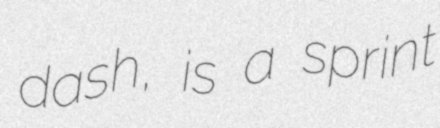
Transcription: dash, is a sprint